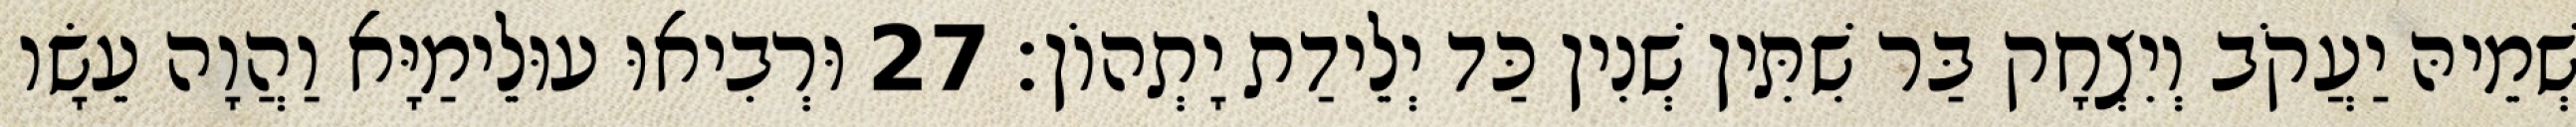
שְׁמֵיהּ יַעֲקֹב וְיִצְחָק בַּר שִׁתִּין שְׁנִין כַּד יְלֵידַת יָתְהוֹן׃ 27 וּרְבִיאוּ עוּלֵימַיָּא וַהֲוָה עֵשָׂו